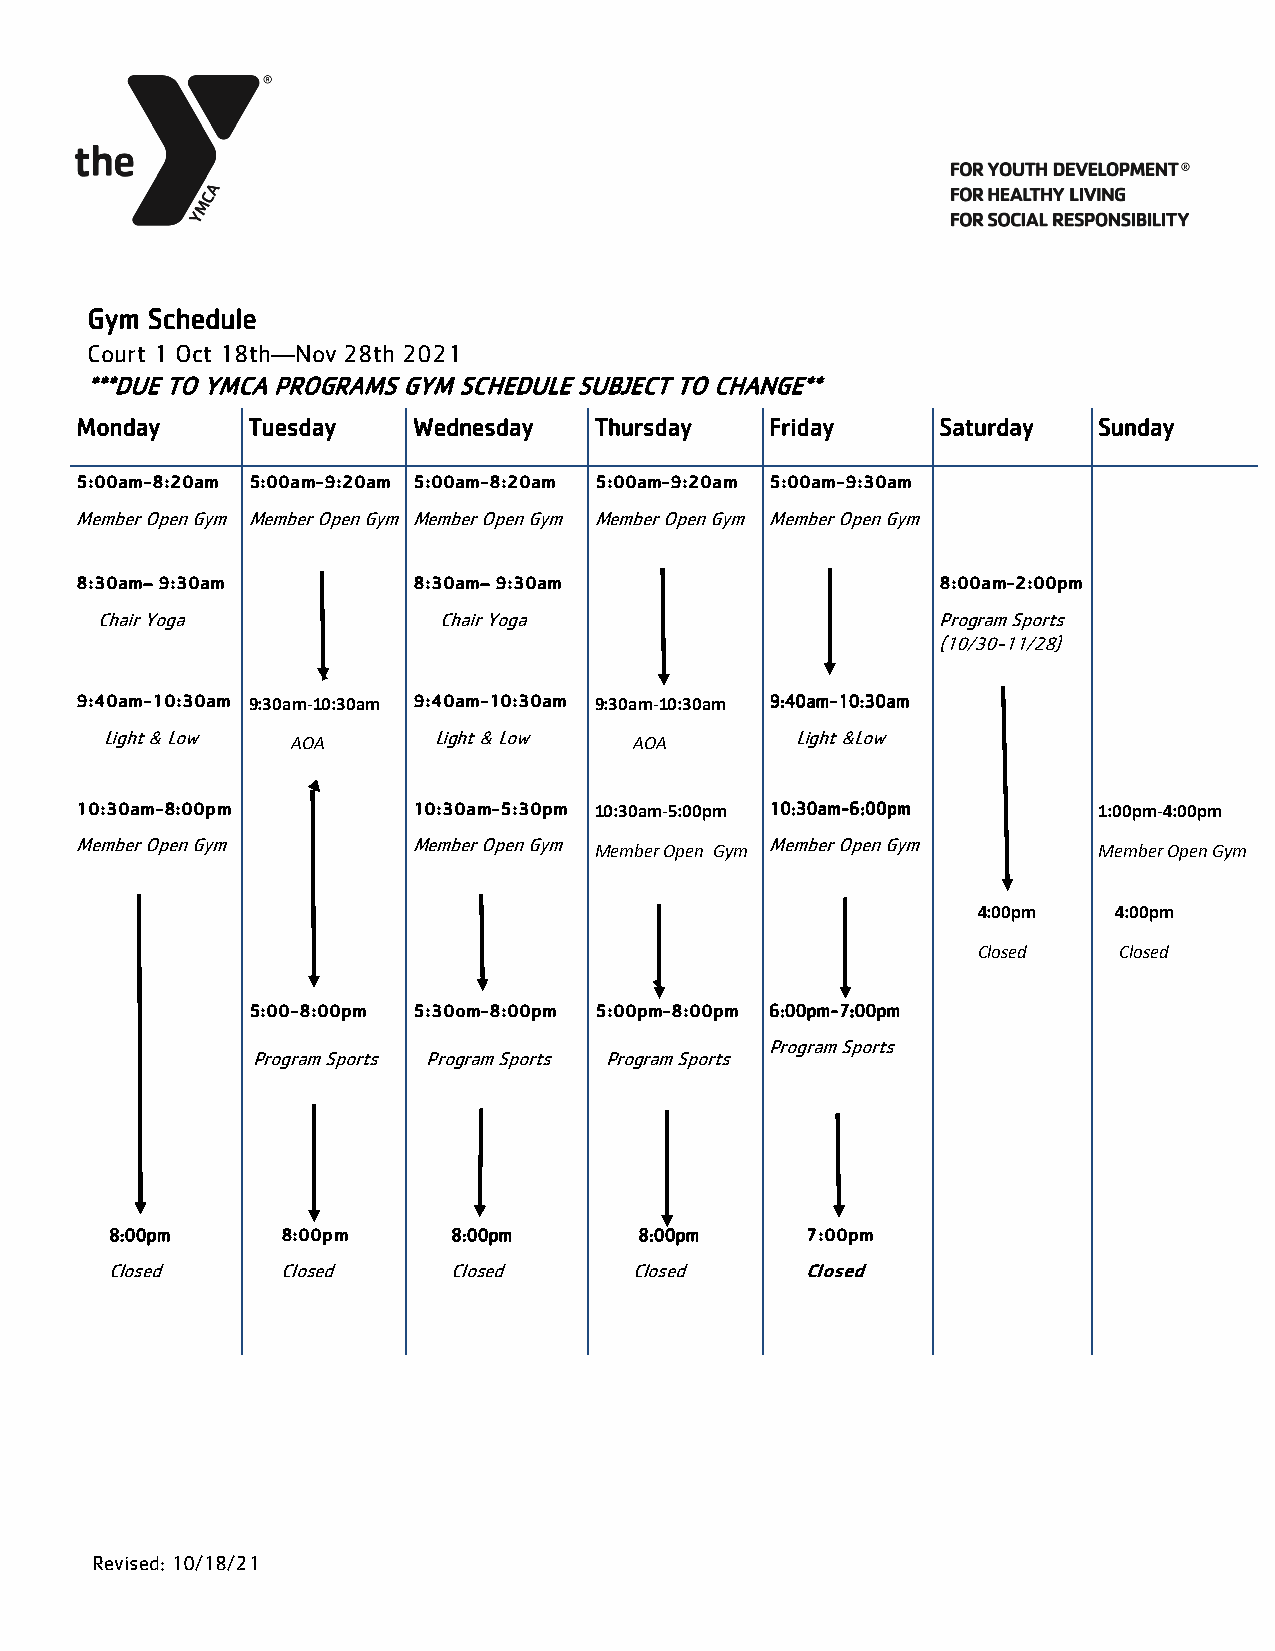
Gym Schedule
 Court 1 Oct 18th—Nov 28th 2021
 ***DUE TO YMCA PROGRAMS GYM SCHEDULE SUBJECT TO CHANGE**
 Monday     Tuesday    Wednesday   Thursday    Friday     Saturday   Sunday
 5:00am-8:20am 5:00am-9:20am 5:00am-8:20am 5:00am-9:20am 5:00am-9:30am
 Member Open Gym Member Open Gym Member Open Gym Member Open Gym Member Open Gym
 8:30am– 9:30am        8:30am– 9:30am                     8:00am-2:00pm
 Chair Yoga             Chair Yoga                       Program Sports
 (10/30-11/28)
 9:40am-10:30am 9:30am-10:30am 9:40am-10:30am 9:30am-10:30am 9:40am-10:30am
 Light & Low           Light & Low             Light &Low
 AOA                    AOA
 10:30am-8:00pm        10:30am-5:30pm 10:30am-5:00pm 10:30am-6:00pm  1:00pm-4:00pm
 Member Open Gym       Member Open Gym         Member Open Gym
 Member Open Gym                   Member Open Gym
 4:00pm   4:00pm
 Closed   Closed
 5:00-8:00pm 5:30om-8:00pm 5:00pm-8:00pm 6:00pm-7:00pm
 Program Sports
 Program Sports Program Sports Program Sports
 8:00pm      8:00pm     8:00pm      8:00pm     7:00pm
 Closed      Closed     Closed      Closed     Closed
 Revised: 10/18/21